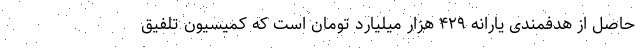
حاصل از هدفمندی یارانه ۴۲۹ هزار میلیارد تومان است که کمیسیون تلفیق